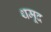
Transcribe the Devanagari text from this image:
थमूद